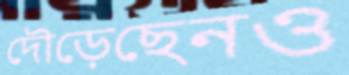
দৌড়েছেনও